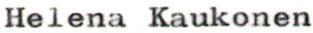
Helena Kaukonen